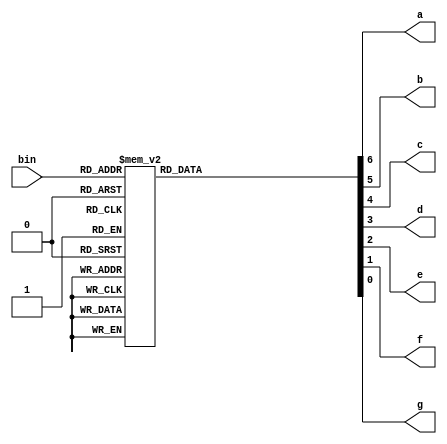
module display7segmentos(bin, a, b, c, d, e, f, g);
	
	input [3:0] bin;
	output reg a, b, c, d, e, f, g;
	
	always@(bin)
	begin
			case (bin)
					4'h0: {a, b, c, d, e, f, g} = 7'b0000001;
					4'h1: {a, b, c, d, e, f, g} = 7'b1001111;
					4'h2: {a, b, c, d, e, f, g} = 7'b0010010;
					4'h3: {a, b, c, d, e, f, g} = 7'b0000110;
					4'h4: {a, b, c, d, e, f, g} = 7'b1001100;
					4'h5: {a, b, c, d, e, f, g} = 7'b0100100;
					4'h6: {a, b, c, d, e, f, g} = 7'b0100000;
					4'h7: {a, b, c, d, e, f, g} = 7'b0001111;
					4'h8: {a, b, c, d, e, f, g} = 7'b0000000;
					4'h9: {a, b, c, d, e, f, g} = 7'b0000100;
					4'hA: {a, b, c, d, e, f, g} = 7'b0001000;
					4'hB: {a, b, c, d, e, f, g} = 7'b1100000;
					4'hC: {a, b, c, d, e, f, g} = 7'b0110001;
					4'hD: {a, b, c, d, e, f, g} = 7'b1000010;
					4'hE: {a, b, c, d, e, f, g} = 7'b0110000;
					4'hF: {a, b, c, d, e, f, g} = 7'b0111000;
					default: {a, b, c, d, e, f, g} = 7'b0000001;
			endcase
	end
	
endmodule